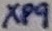
Text: XP9